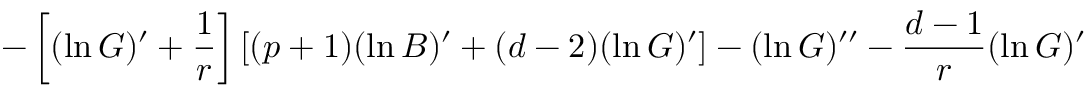
- \left[ ( \ln G ) ^ { \prime } + { \frac { 1 } { r } } \right] \left[ ( p + 1 ) ( \ln B ) ^ { \prime } + ( d - 2 ) ( \ln G ) ^ { \prime } \right] - ( \ln G ) ^ { \prime \prime } - { \frac { d - 1 } { r } } ( \ln G ) ^ { \prime }